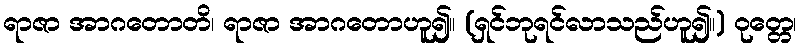
ရာဇာ အာဂတောတိ၊ ရာဇာ အာဂတောဟူ၍။ (ရှင်ဘုရင်လာသည်ဟူ၍။) ဝုတ္တေ၊